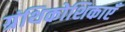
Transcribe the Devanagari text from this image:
ग्रंथिकोशिकाएँ